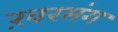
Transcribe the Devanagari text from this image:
ख़रमंग